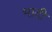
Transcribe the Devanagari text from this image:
भादी